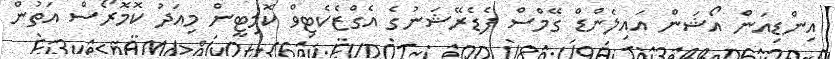
އިންޑިއަން އޯޝަން އައިލެންޑް ގޭމްސް ފެޑެރޭޝަނުގެ އެގްޒެކެޓިވް ކޮމިޓީން މިއަދު ކޮމޮރޯސް އަތުން